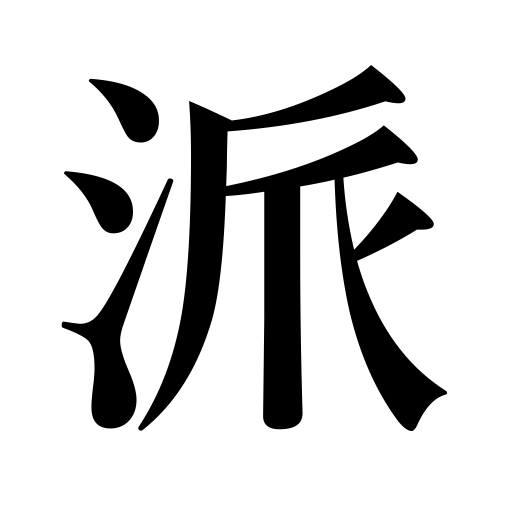
Meanings: school of art,group,clique,faction,sect,etc.,party